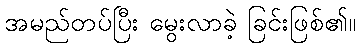
အမည်တပ်ပြီး မွေးလာခဲ့ ခြင်းဖြစ်၏။